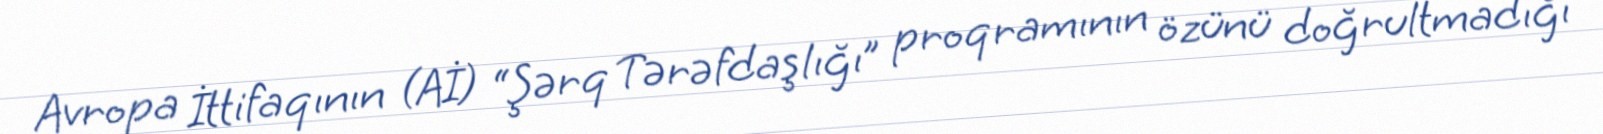
Avropa İttifaqının (Aİ) “Şərq Tərəfdaşlığı” proqramının özünü doğrultmadığı